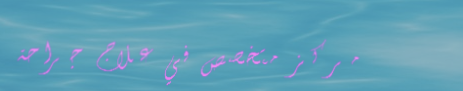
مركز متخصص في علاج جراحة